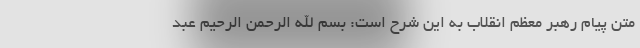
متن پیام رهبر معظم انقلاب به این شرح است: بسم الله الرحمن الرحیم عبد